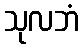
သုလဘံ